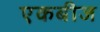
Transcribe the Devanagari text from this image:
एकबीज